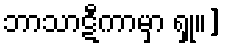
ဘာသာဋီကာမှာ ရှု။]